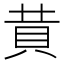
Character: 𧴹